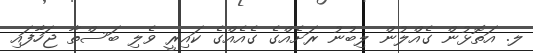
ލ. އަތޮޅުން ގެއްލުން ލިބުނު ރަށެއްގެ ގެއެއްގެ ކައިރީ ވެލި ބަސްތާ ޖަހާފައި